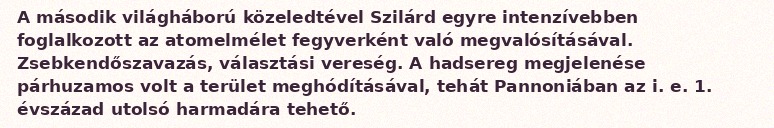
A második világháború közeledtével Szilárd egyre intenzívebben foglalkozott az atomelmélet fegyverként való megvalósításával. Zsebkendőszavazás, választási vereség. A hadsereg megjelenése párhuzamos volt a terület meghódításával, tehát Pannoniában az i. e. 1. évszázad utolsó harmadára tehető.